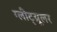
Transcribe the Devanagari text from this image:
ग्लीट्य्रूलर